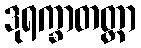
ဒုရက္ခာတတ္တာ